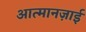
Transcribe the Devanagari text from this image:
आत्मानज़ाई